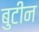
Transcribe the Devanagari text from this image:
बुटीन